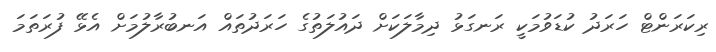
ރިކަރަންޓް ހަރަދު ކުޑަވުމަކީ ރަނގަޅު ދިމާލަކަށް ދައުލަތުގެ ހަރަދުތައް އަނބުރާލުމަށް އެޅޭ ފުރަތަމަ